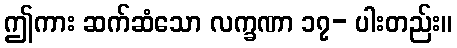
ဤကား ဆက်ဆံသော လက္ခဏာ ၁၇- ပါးတည်း။